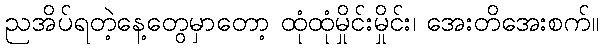
ညအိပ်ရတဲ့နေ့တွေမှာတော့ ထုံထုံမှိုင်းမှိုင်း၊ အေးတိအေးစက်။